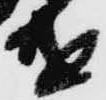
遣